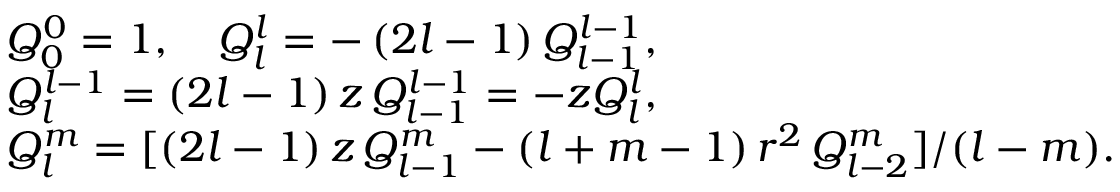
\begin{array} { r l } & { Q _ { 0 } ^ { 0 } = 1 , \quad Q _ { l } ^ { l } = - \, ( 2 l - 1 ) \, Q _ { l - 1 } ^ { l - 1 } , } \\ & { Q _ { l } ^ { l - 1 } = ( 2 l - 1 ) \, z \, Q _ { l - 1 } ^ { l - 1 } = - z Q _ { l } ^ { l } , } \\ & { Q _ { l } ^ { m } = [ ( 2 l - 1 ) \, z \, Q _ { l - 1 } ^ { m } - ( l + m - 1 ) \, r ^ { 2 } \, Q _ { l - 2 } ^ { m } ] / ( l - m ) . } \end{array}